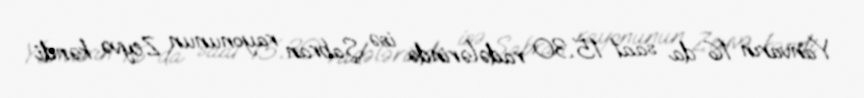
Yanvarın 16-da saat 15.30 radələrində isə Şabran rayonunun Zeyvə kəndi